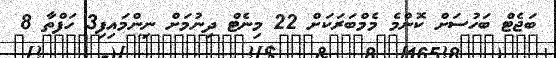
ބަޖެޓް ބަހުސަށް ކޮންމެ މެމްބަރަކަށް 22 މިނެޓް ދިނުމަށް ނިންމައިފި3 ހަފްތާ 8